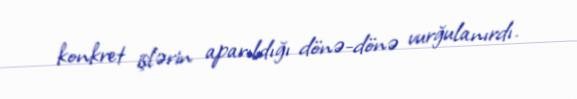
konkret işlərin aparıldığı dönə-dönə vurğulanırdı.